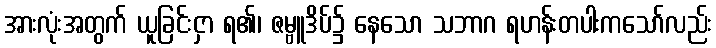
အားလုံးအတွက် ယူခြင်းငှာ ရ၏၊ ဇမ္ဗူဒိပ်၌ နေသော သဘာဂ ရဟန်းတပါးကသော်လည်း